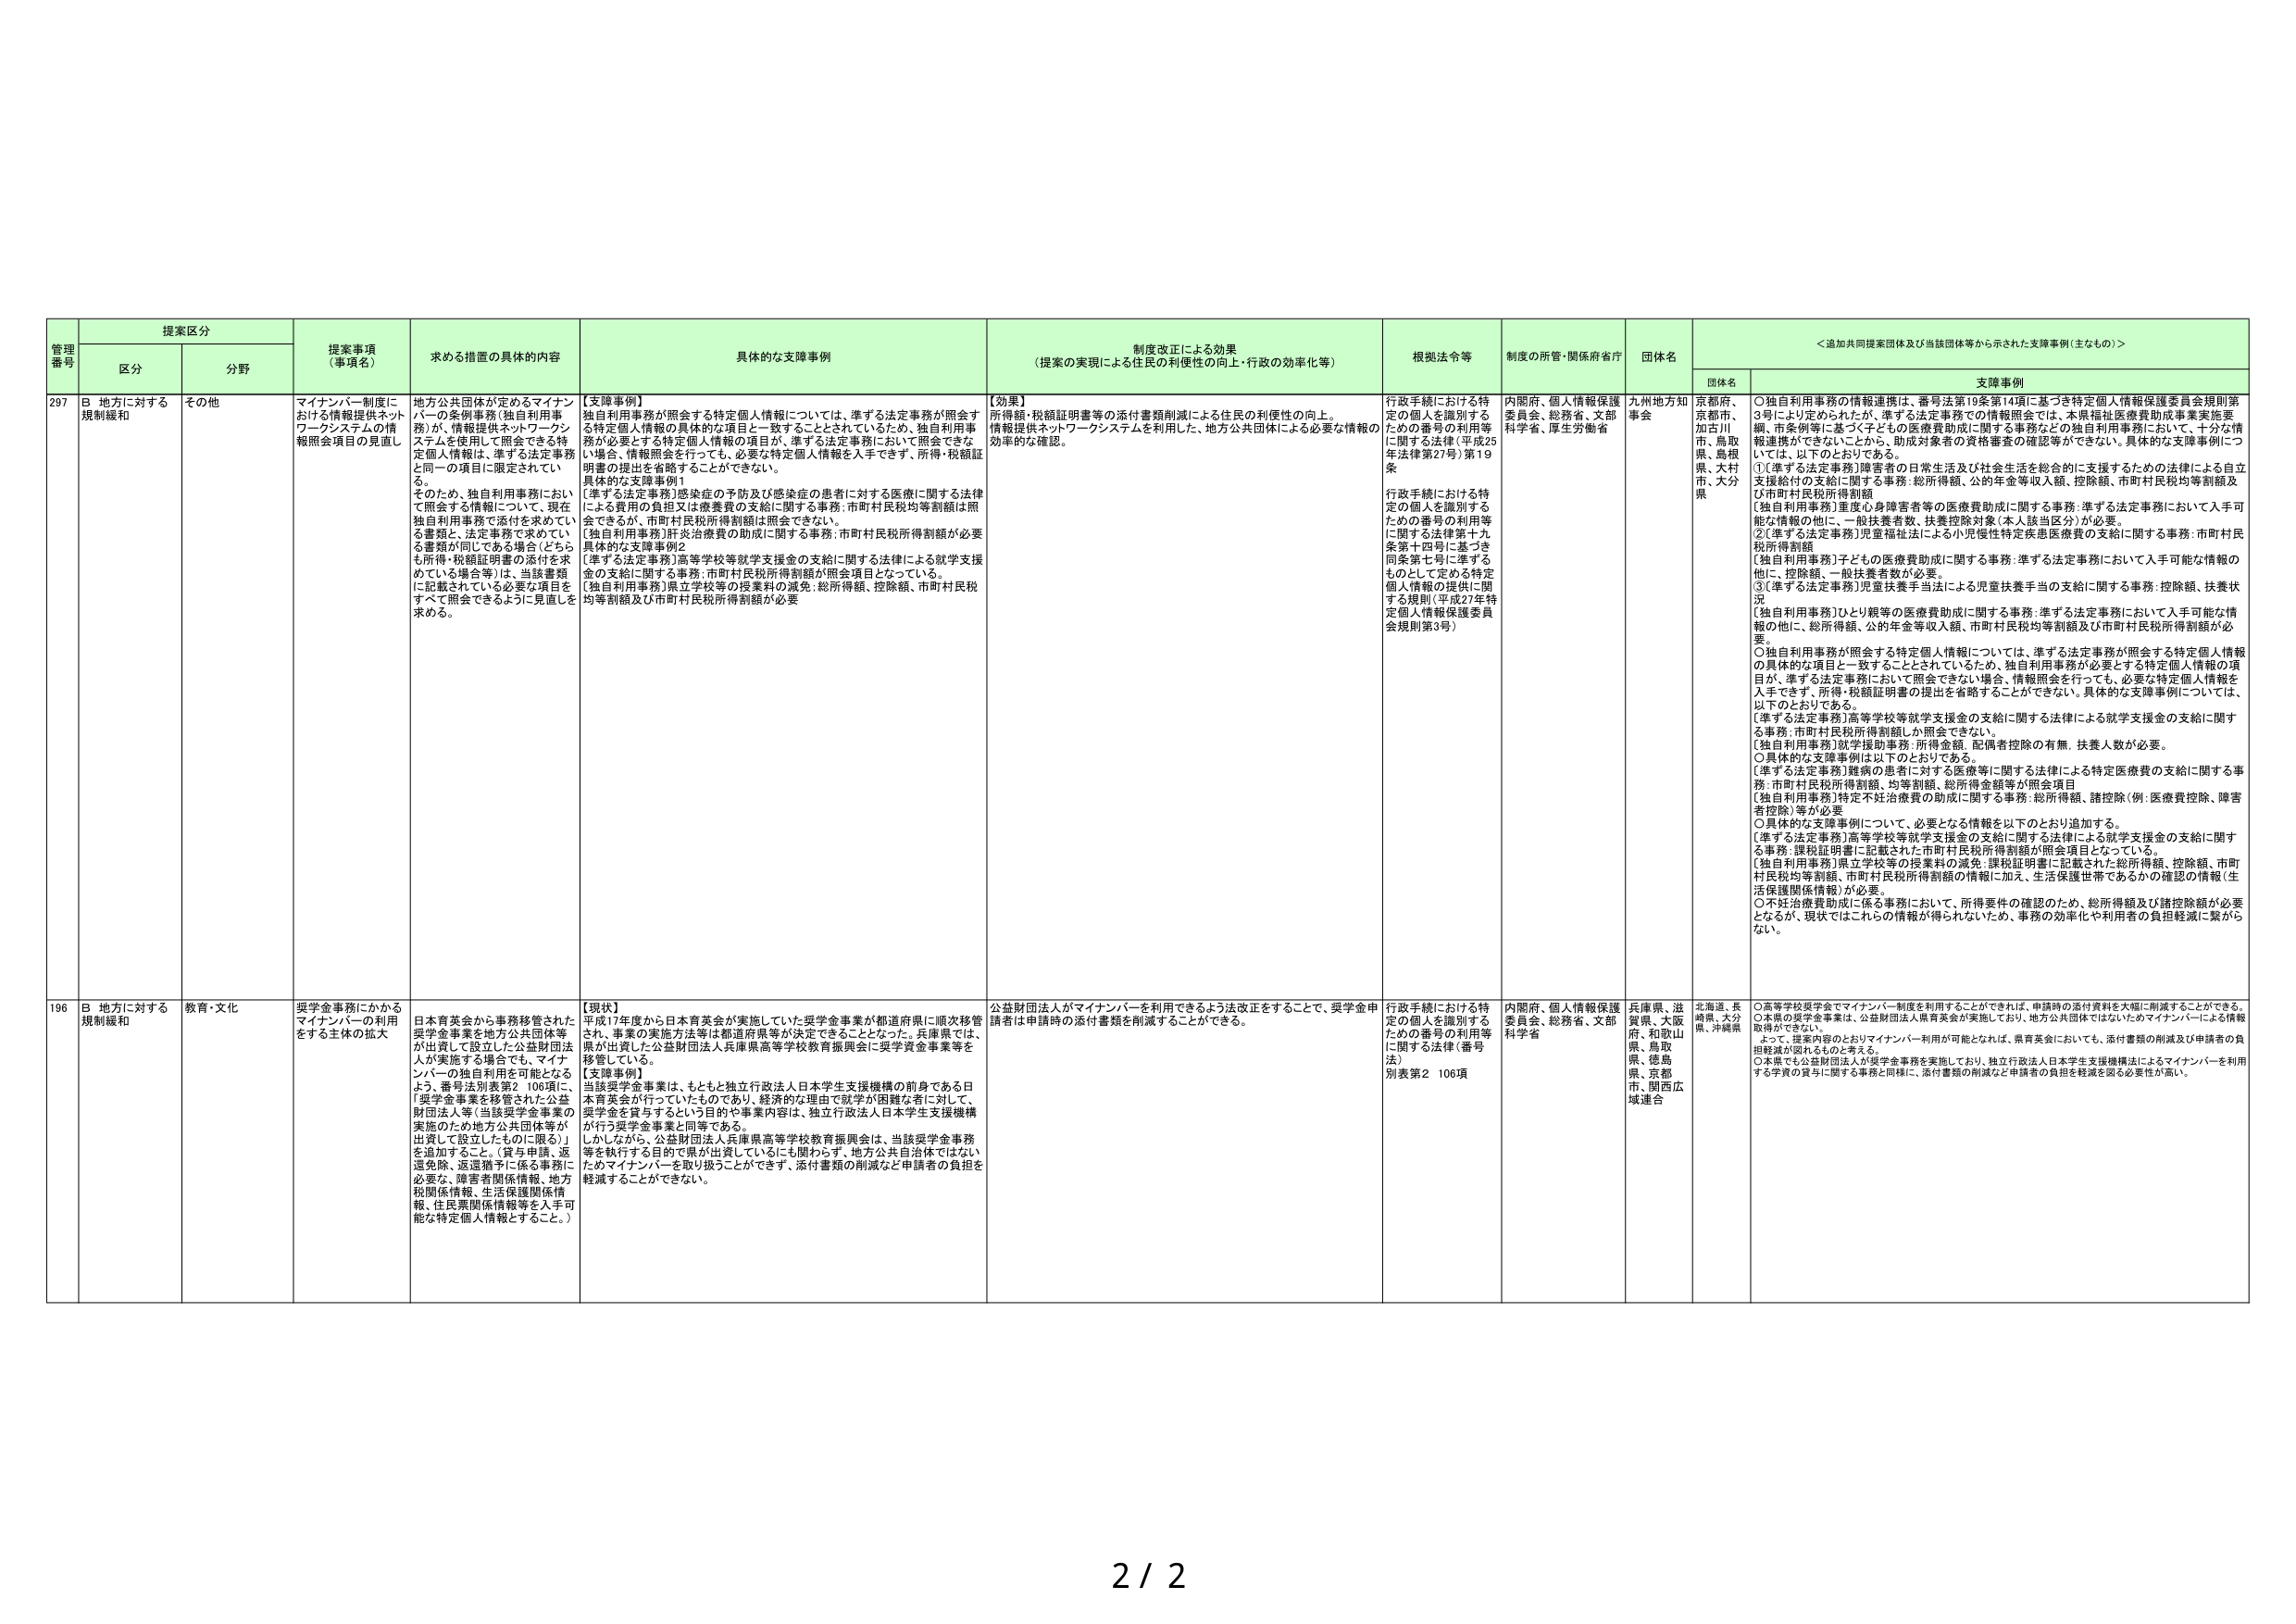
管理番号 提案区分 提案事項（事項名） 求める措置の具体的内容 具体的な支援事例 制度改正による効果（提案の実現による住民の利便性の向上・行政の効率化等） 根拠法令等 制度の所管・関係府省庁 団体名 ＜追加共同提案団体及び当該団体等から示された支援事例（主なもの）＞ 区分 分野 団体名 支援事例 297 B 地方に対する規制緩和 その他 マイナンバー制度における情報提供ネットワークシステムの情報照会項目の見直し 地方公共団体が定めるマイナンバーの条例事務（独自利用事務）が、情報提供ネットワークシステムを使用して照会できる特定個人情報は、準ずる法定事務と同一の項目に限定されてい る。 そのため、独自利用事務において照会する情報について、現在独自利用事務で添付を求めている書類と、法定事務で求めている書類が同じである場合（どちらも所得・税額証明書の添付を求めている場合等）は、当該事務に記載されている必要な項目をすべて照会できるように見直しを求める。 【支援事例】 独自利用事務が照会する特定個人情報については、準ずる法定事務が照会する特定個人情報の具体的な項目と一致することとされているため、独自利用事務が必要とする特定個人情報の項目が、準ずる法定事務において照会できない場合、情報照会を行っても、必要な特定個人情報を入手できず、所得・税額証明書の提出を省略することができない。 具体的な支援事例1 ［準ずる法定事務］感染症の予防及び感染症の患者に対する医療に関する法律による費用の負担又は療養費の支給に関する事務：市町村民税均等割額は照会できるが、市町村民税所得割額は照会できない。 ［独自利用事務］肝炎治療費の助成に関する事務：市町村民税所得割額が必要 具体的な支援事例2 ［準ずる法定事務］高等学校等就学支援金の支給に関する法律による就学支援金の支給に関する事務：市町村民税所得割額が照会項目となっている。 ［独自利用事務］県立学校等の授業料の減免：総所得額、控除額、市町村民税均等割額及び市町村民税所得割額が必要 【効果】 所得額・税額証明書等の添付書類削減による住民の利便性の向上。 情報提供ネットワークシステムを利用した、地方公共団体による必要な情報の効率的な確認。 行政手続における特定の個人を識別するための番号の利用等に関する法律（平成25年法律第27号）第19条 行政手続における特定の個人を識別するための番号の利用等に関する法律第十九条第十四号に基づき同条第七号に準ずるものとして定める特定個人情報の提供に関する規則（平成27年特定個人情報保護委員会規則第3号） 内閣府、個人情報保護委員会、総務省、文部科学省、厚生労働省 九州地方知事会 京都府、 京都市、 加古川市、鳥取県、島根県、大村市、大分県 ○独自利用事務の情報連携は、番号法第19条第14項に基づき特定個人情報保護委員会規則第3号により定められたが、準ずる法定事務での情報照会では、本県福祉医療費助成事業実施要綱、市条例等に基づく子ども医療費助成に関する事務などの独自利用事務において、十分な情報連携ができていないことから、助成対象者の資格審査の確認等ができない。具体的な支援事例については、以下のとおりである。 ①［準ずる法定事務］障害者の日常生活及び社会生活を総合的に支援するための法律による自立支援給付の支給に関する事務：総所得額、公的年金等収入額、控除額、市町村民税均等割額及び市町村民税所得割額 ［独自利用事務］重度心身障害者等の医療費助成に関する事務：準ずる法定事務において入手可能な情報の他に、一般扶養者数、扶養控除対象（本人該当区分）が必要。 ②［準ずる法定事務］児童福祉法による小児慢性特定疾患医療費の支給に関する事務：市町村民税所得割額 ［独自利用事務］子ども医療費助成に関する事務：準ずる法定事務において入手可能な情報の他に、控除額、一般扶養者数が必要。 ③［準ずる法定事務］児童扶養手当法による児童扶養手当の支給に関する事務：控除額、扶養状況 ［独自利用事務］ひとり親等の医療費助成に関する事務：準ずる法定事務において入手可能な情報の他に、総所得額、公的年金等収入額、市町村民税均等割額及び市町村民税所得割額が必要。 ○独自利用事務が照会する特定個人情報については、準ずる法定事務が照会する特定個人情報の具体的な項目と一致することとされているため、独自利用事務が必要とする特定個人情報の項目が、準ずる法定事務において照会できない場合、情報照会を行っても、必要な特定個人情報を入手できず、所得・税額証明書の提出を省略することができない。具体的な支援事例については、以下のとおりである。 ［準ずる法定事務］高等学校等就学支援金の支給に関する法律による就学支援金の支給に関する事務：市町村民税所得割額しか照会できない。 ［独自利用事務］就学援助事務：所得金額、配偶者控除の有無、扶養人数が必要。 ○具体的な支援事例は以下のとおりである。 ［準ずる法定事務］難病の患者に対する医療等に関する法律による特定医療費の支給に関する事務：市町村民税所得割額、均等割額、総所得金額等が照会項目 ［独自利用事務］特定不好治療費の助成に関する事務：総所得額、諸控除（例：医療費控除、障害者控除）等が必要 ○具体的な支援事例について、必要となる情報を以下のとおり追加する。 ［準ずる法定事務］高等学校等就学支援金の支給に関する法律による就学支援金の支給に関する事務：課税証明書に記載された市町村民税所得割額が照会項目となっている。 ［独自利用事務］県立学校等の授業料の減免：課税証明書に記載された総所得額、控除額、市町村民税均等割額、市町村民税所得割額の情報に加え、生活保護世帯であるかの確認の情報（生活保護関係情報）が必要。 ○不好治療費助成に係る事務において、所得要件の確認のため、総所得額及び諸控除額が必要となるが、現状ではこれらの情報が得られないため、事務の効率化や利用者の負担軽減に繋がらない。 196 B 地方に対する規制緩和 教育・文化 奨学金事務にかかるマイナンバーの利用をする主体の拡大 日本育英会から事務移管された奨学金事業を地方公共団体等が出資して設立した公益財団法人が実施する場合でも、マイナンバーの独自利用を可能となるよう、番号法別表第2 106項に、「奨学金事業を移管された公益財団法人等（当該奨学金事業の実施のため地方公共団体等が出資して設立したものに限る）」を追加すること。（貸与申請、返還免除、返還猶予に係る事務に必要な、障害者関係情報、地方税関係情報、生活保護関係情報、住民票関係情報等を入手可能な特定個人情報とすること。） 【現状】 平成17年度から日本育英会が実施していた奨学金事業が都道府県に順次移管され、事業の実施方法等は都道府県等が決定できることとなった。兵庫県では、県が出資した公益財団法人兵庫県高等学校教育振興会に奨学資金事業等を移管している。 【支援事例】 当該奨学金事業は、もともと独立行政法人日本学生支援機構の前身である日本育英会が行っていたものであり、経済的な理由で就学が困難な者に対して、奨学金を貸与するという目的や事業内容は、独立行政法人日本学生支援機構が行う奨学金事業と同等である。 しかしながら、公益財団法人兵庫県高等学校教育振興会は、当該奨学金事務等を執行する目的で県が出資しているにも関わらず、地方公共自治体ではないためマイナンバーを取り扱うことができず、添付書類の削減など申請者の負担を軽減することができない。 公益財団法人がマイナンバーを利用できるよう法改正をすることで、奨学金申請者は申請時の添付書類を削減することができる。 行政手続における特定の個人を識別するための番号の利用等に関する法律（番号法） 別表第2 106項 内閣府、個人情報保護委員会、総務省、文部科学省 兵庫県、滋賀県、大阪府、和歌山県、鳥取県、徳島県、京都府、関西広域連合 北海道、長崎県、大分県、沖縄県 ○高等学校奨学金でマイナンバー制度を利用することができれば、申請時の添付資料を大幅に削減することができる。 ○本県の奨学金事業は、公益財団法人県育英会が実施しており、地方公共団体ではないためマイナンバーによる情報取得ができない。 よって、提案内容のとおりマイナンバー利用が可能となれば、県育英会においても、添付書類の削減及び申請者の負担軽減が図られるものと考える。 ○本県でも公益財団法人が奨学金事務を実施しており、独立行政法人日本学生支援機構法によるマイナンバーを利用する学資の貸与に関する事務と同様に、添付書類の削減など申請者の負担を軽減を図る必要性が高い。 2 / 2